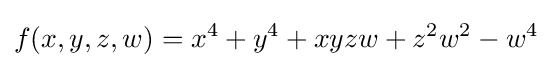
f(x,y,z,w)=x^{4}+y^{4}+xyzw+z^{2}w^{2}-w^{4}